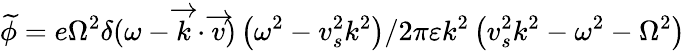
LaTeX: \widetilde{\phi}=e\Omega^{2}\delta(\omega-\overrightarrow{k}\cdot\overrightarrow{v})\left(\omega^{2}-v_{s}^{2}k^{2}\right)/2\pi\varepsilon k^{2}\left(v_{s}^{2}k^{2}-\omega^{2}-\Omega^{2}\right)